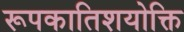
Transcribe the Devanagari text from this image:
रूपकातिशयोक्ति